Martna_vallavalitsus, lk 17
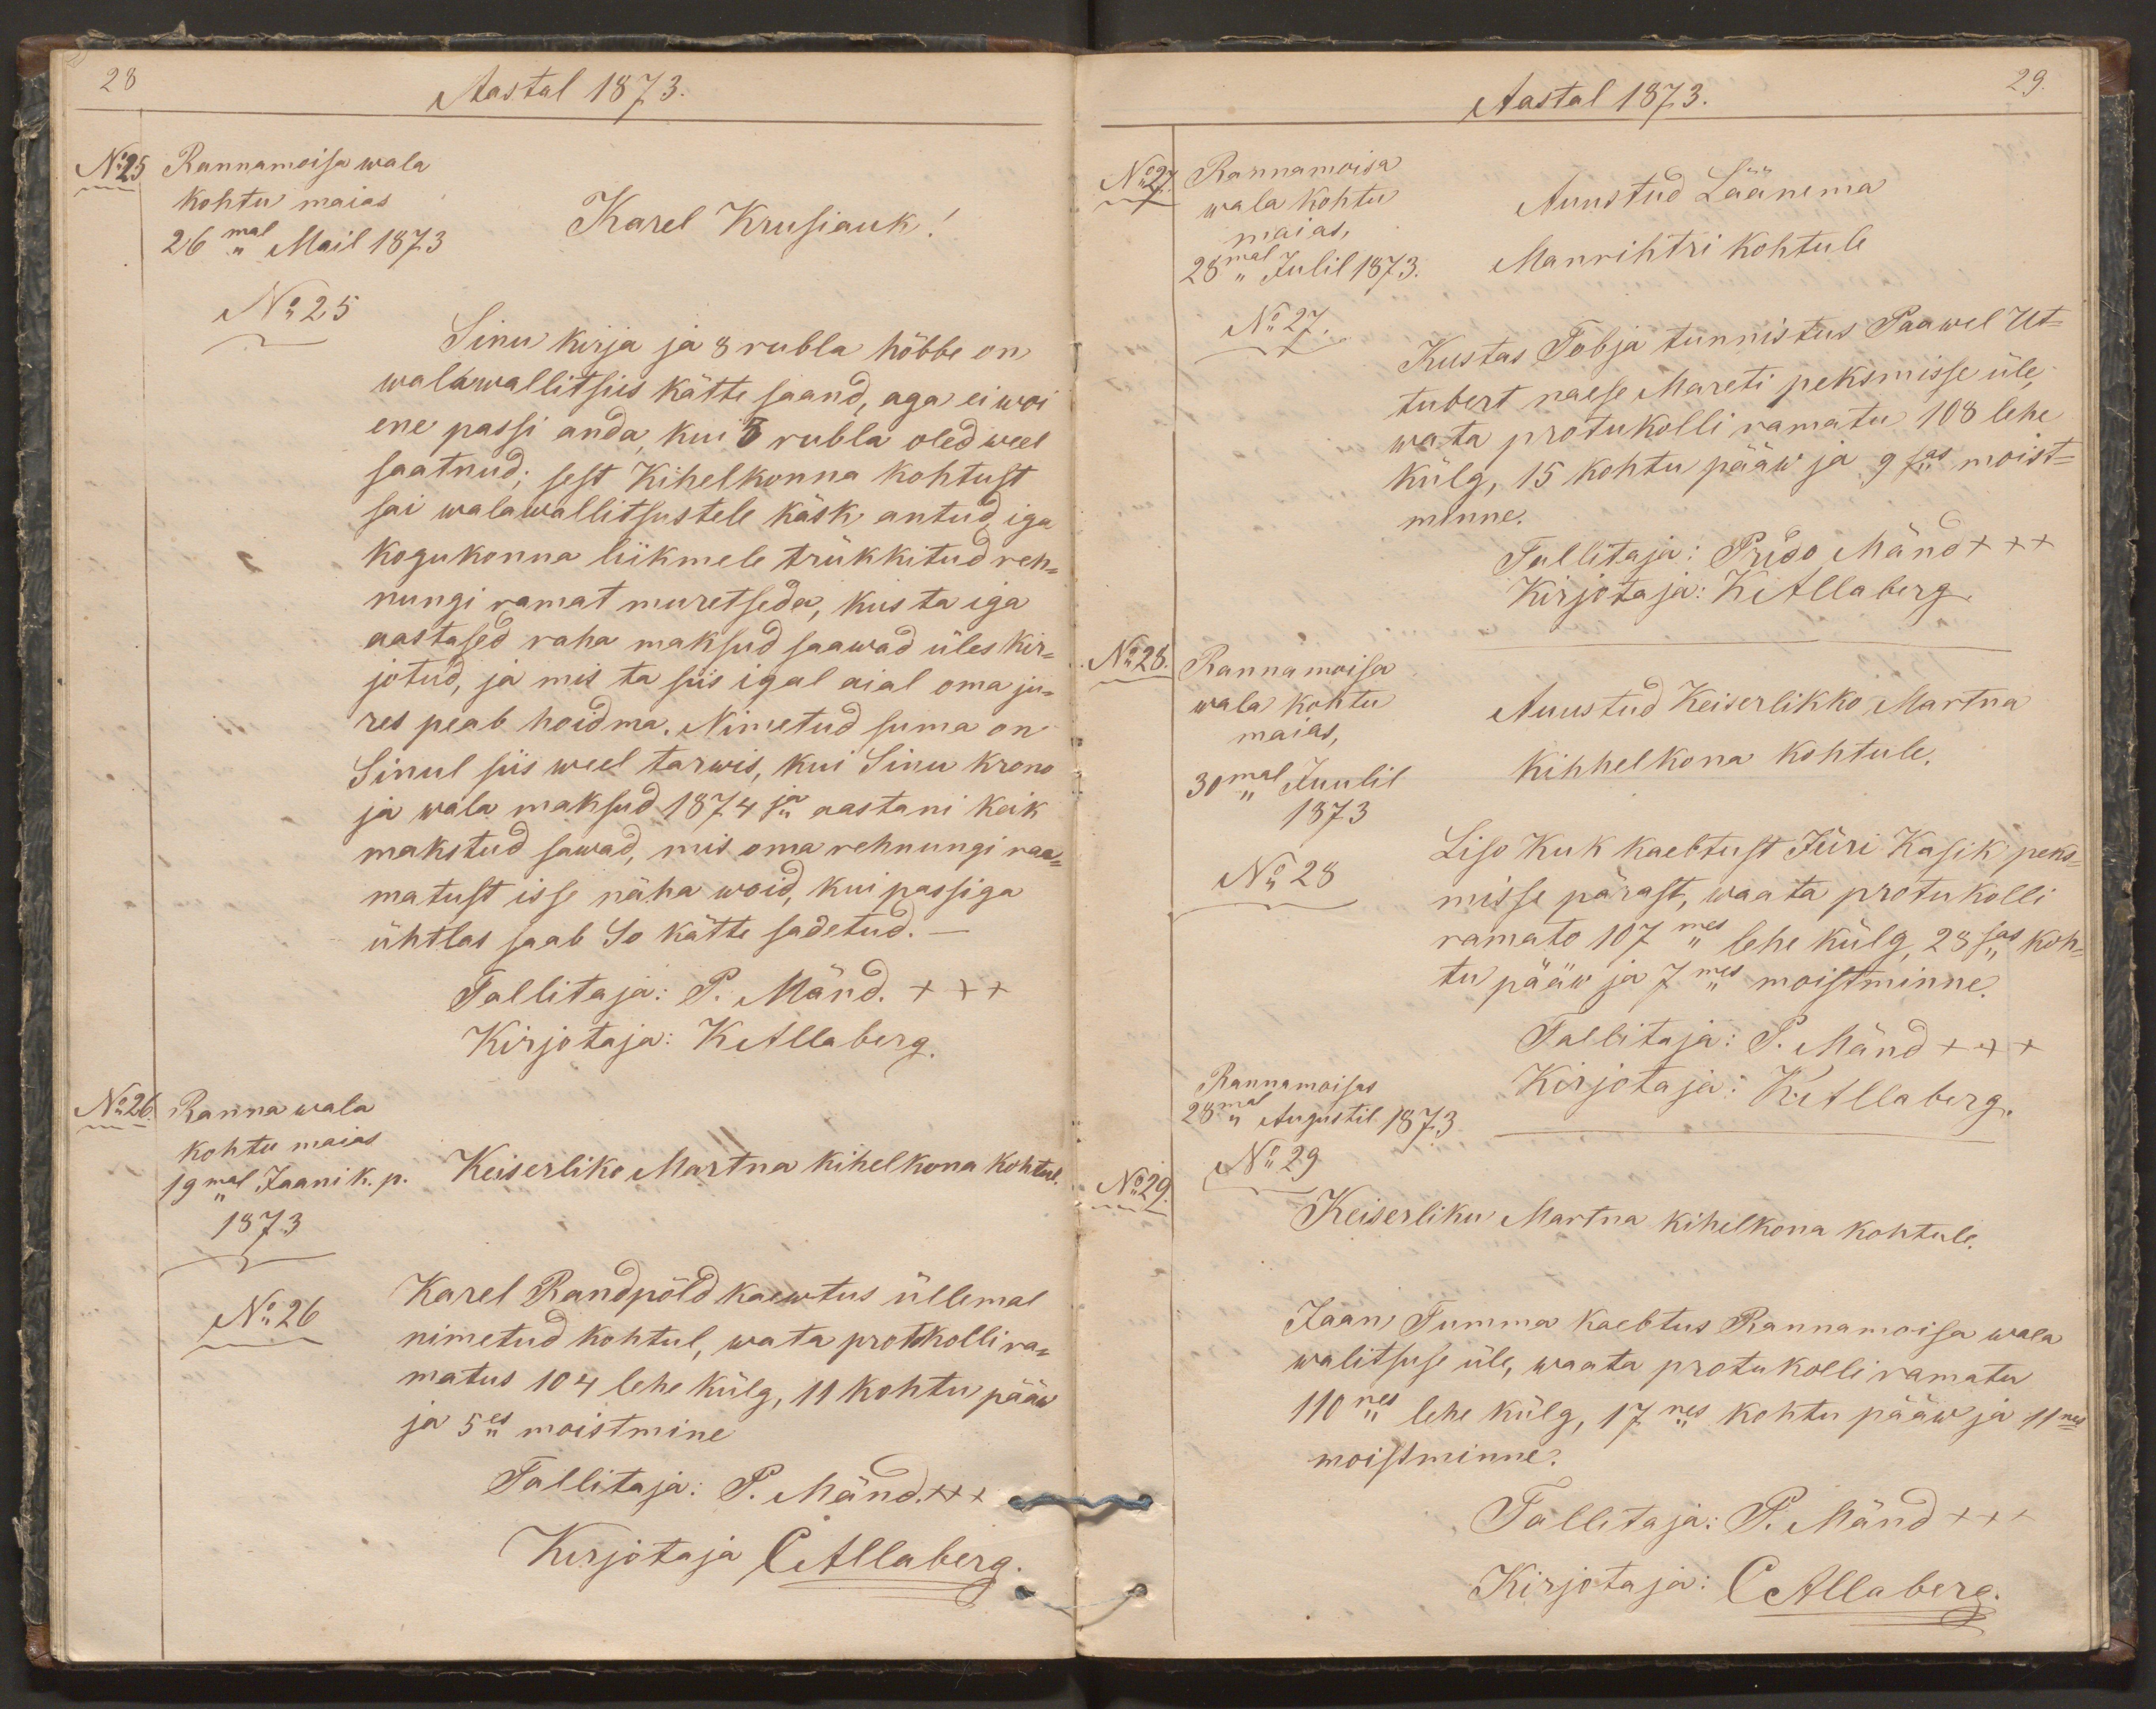
28
Aastal 1873.
No25
Rannamoisa wala
kohtu maias
26mal Mail 1873
Karel Krusiauk!
No 25
Sinu kirja ja 8 rubla hõbbe on
walawallitsus kätte saand, aga ei woi
ene passi anda, kui 5 rubla oled weel
saatnud; sest Kihelkonna kohtust
sai walawallitsustele käsk antud, iga
kogukonna liikmele trükkitud reh-
nungi ramat muretseda, kus ta iga
aastased raha maksud saawad üles kir-
jotud, ja mis ta siis igal aial oma ju-
res peab hoidma. Nimetud suma on
Sinul siis weel tarwis, kui Sinu krono
ja wala maksud 1874ja aastani koik
makstud sawad, mis oma rehnungi raa-
matust isse näha woid, kui passiga
ühtlas saab So kätte sadetud.
Tallitaja: P. Mänd. xxx
Kirjotaja: KAllaberg.
No26.
Ranna wala
kohtu maias
19mal Jaani k. p.
Keiserliko Martna kihelkona kohtul.
1873.
No 26
Karel Randpõld kaewtus üllemal
nimetud kohtul, wata protokolli ra-
matus 104 lehe külg, 11 kohtu pääw
ja 5es moistmine
Tallitaja: P. Mänd xxx
Kirjotaja CAllaberg.

Aastal 1873.
29.
No27.
Rannamoisa
wala kohtu
Auustud Läänema
maias,
28mal Julil 1873.
Manrihtri kohtule
No 27.
Kustas Tobja tunnistus Paawel Ut-
tubert naese Mareti peksmisse üle
wata protukolli ramatu 108 lehe
külg, 15 kohtu pääw ja 9sas moist-
minne.
Tallitaja: Prido Mänd xxx
Kirjotaja: KAllaberg.
No28.
Rannamoisa
wala kohtu
Auustud Keiserlikko Martna
maias,
30mal Juulil
kihhelkona kohtule.
1873
No 28
Liso Kuk kaebtust Jüri Kasik peks-
misse pärast, waata protukolli
ramato 107mes lehe külg 28sas koh-
tu pääw ja 7mes moistminne.
Tallitaja: P. Mänd xxx
Rannamoisas
28mal Augustil 1873.
Kirjotaja: KAllaberg.
No 29
No29.
Keiserliku Martna kihelkona kohtule.
Jaan Tumma kaebtus Rannamoisa wala
walitsuse üle, waata protukolli ramatu
110nes lehe külg, 17nes kohtu pääw ja 11nes
moistminne.
Tallitaja: P. Mänd xxx
Kirjotaja: CAllaberg.